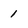
Character: 1